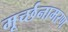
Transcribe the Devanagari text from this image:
मूर्च्छनामरण